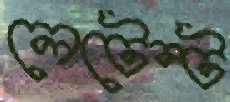
লেটেন্ট